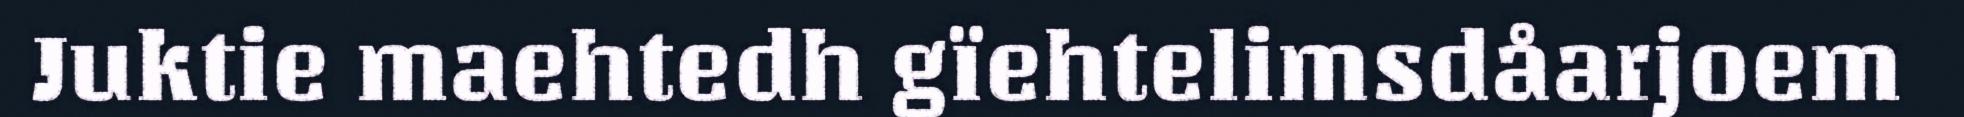
Juktie maehtedh gïehtelimsdåarjoem